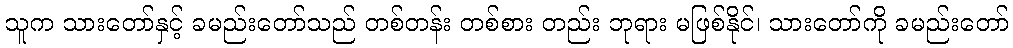
သူက သားတော်နှင့် ခမည်းတော်သည် တစ်တန်း တစ်စား တည်း ဘုရား မဖြစ်နိုင်၊ သားတော်ကို ခမည်းတော်